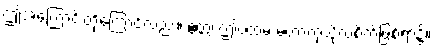
ဤအကြောင်းတို့ကြောင့်လည်း။ ဧတ္ထ၊ ဤပထမ မဟာကုသိုလ်စိတ်ဖြစ်ရာ၌။